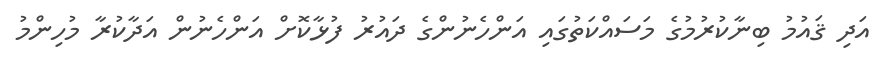
އަދި ޤައުމު ބިނާކުރުމުގެ މަސައްކަތުގައި އަންހެނުންގެ ދައުރު ފުޅާކޮށް އަންހެނުން އަދާކުރާ މުހިންމު